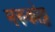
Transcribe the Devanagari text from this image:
मरुकोट्ट